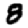
Digit: 8